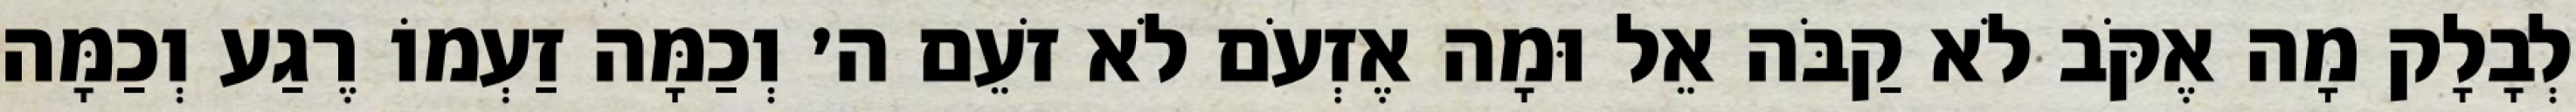
לְבָלָק מָה אֶקֹּב לֹא קַבֹּה אֵל וּמָה אֶזְעֹם לֹא זֹעֵם ה׳ וְכַמָּה זַעְמוֹ רֶגַע וְכַמָּה